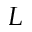
L